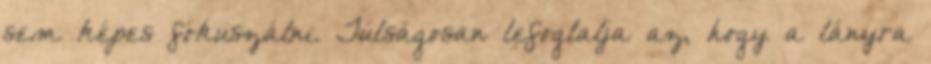
sem képes fókuszálni. Túlságosan lefoglalja az, hogy a lányra